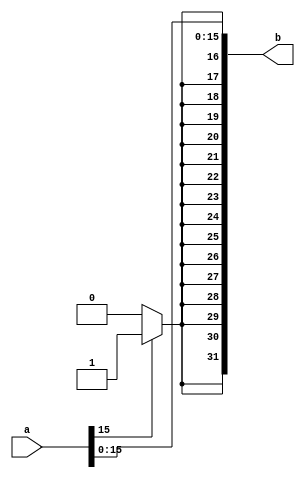
module sixteentodou(input [31:0]a,output [31:0]b);

reg [31:0]ac;
reg [31:0]i;
initial 
begin
ac=0;
i=0;
end

always @(a)
begin
ac[15:0]=a[15:0];
if (a[15]==0)
 for (i=16;i<=31;i=i+1)
  ac[i]=0;
else
 for (i=16;i<=31;i=i+1)
  ac[i]=1;
end
assign b=ac;

endmodule